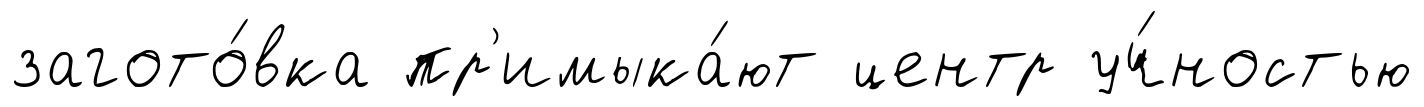
загото́вка пр'имыка́ют центр уч́ностью